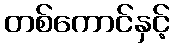
တစ်ကောင်နှင့်